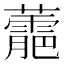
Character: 蘎